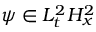
\psi \in L _ { t } ^ { 2 } H _ { x } ^ { 2 }